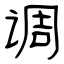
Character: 调